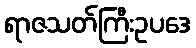
ရာဇသတ်ကြီးဥပဒေ